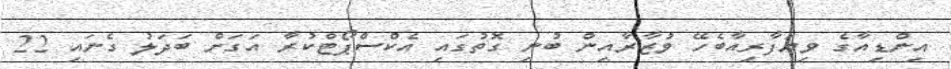
އިންޑިއާގެ ވިޔަފާރިއާބެހޭ ވުޒާރާއިން ބުނި ގޮތުގައި އެކްސްޕޯޓްކުރާ އަގަށް ބަދަލު ގެނައި 22